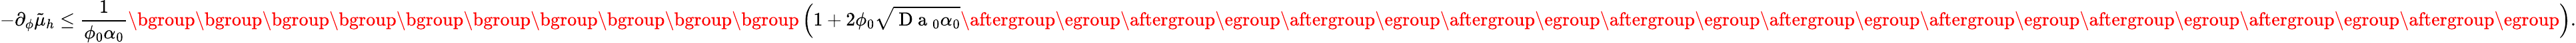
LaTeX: -\partial_{\phi}\tilde{\mu}_{h}\leq\frac{1}{\phi_{0}\alpha_{0}}\mathopen{}\mathclose\bgroup\mathopen{}\mathclose\bgroup\mathopen{}\mathclose\bgroup\mathopen{}\mathclose\bgroup\mathopen{}\mathclose\bgroup\mathopen{}\mathclose\bgroup\mathopen{}\mathclose\bgroup\mathopen{}\mathclose\bgroup\mathopen{}\mathclose\bgroup\mathopen{}\mathclose\bgroup\left(1+2\phi_{0}\sqrt{\mathrm{~D~a~}_{0}\alpha_{0}}\aftergroup\egroup\aftergroup\egroup\aftergroup\egroup\aftergroup\egroup\aftergroup\egroup\aftergroup\egroup\aftergroup\egroup\aftergroup\egroup\aftergroup\egroup\aftergroup\egroup\right).